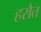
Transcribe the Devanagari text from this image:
हरौत